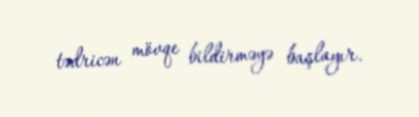
tədricən mövqe bildirməyə başlayır.